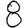
Digit: 8